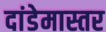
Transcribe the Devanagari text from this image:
दांडेमास्तर